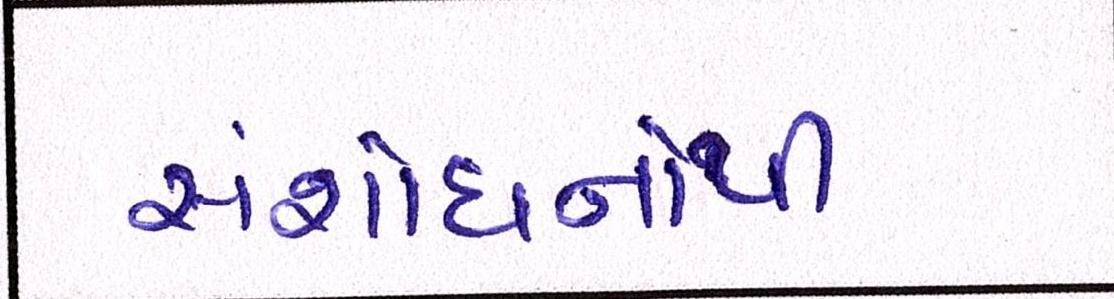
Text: સંશોધનોથી